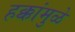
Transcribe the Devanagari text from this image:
हक्कांमुळे